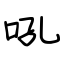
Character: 吼